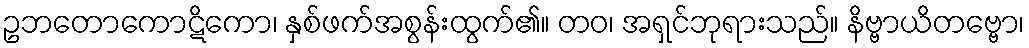
ဥဘတောကောဋိကော၊ နှစ်ဖက်အစွန်းထွက်၏။ တဝ၊ အရှင်ဘုရားသည်။ နိဗ္ဗာယိတဗ္ဗော၊